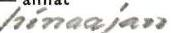
hinaajan